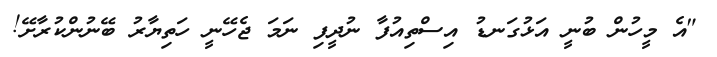
"އެ މީހުން ބުނީ އަޅުގަނޑު އިސްތިއުފާ ނުދީފި ނަމަ ޖެހޭނީ ހަތިޔާރު ބޭނުންކުރާށޭ!